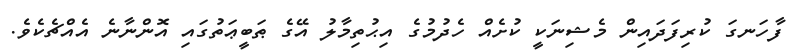
ފާހަނގަ ކުރިފަދައިން މެޝިނަކީ ކުށެއް ހެދުމުގެ އިޙުތިމާލު އޭގެ ޠަބީޢަތުގައި އޮންނާނެ އެއްޗެކެވެ.